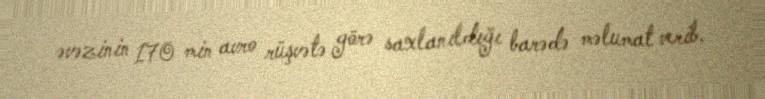
əvəzinin 170 min avro rüşvətə görə saxlanıldığı barədə məlumat verib.